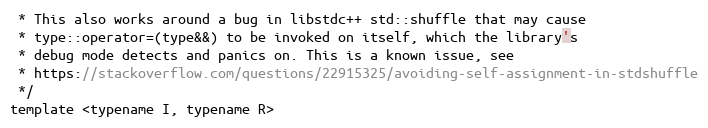
Language: C
 * This also works around a bug in libstdc++ std::shuffle that may cause
 * type::operator=(type&&) to be invoked on itself, which the library's
 * debug mode detects and panics on. This is a known issue, see
 * https://stackoverflow.com/questions/22915325/avoiding-self-assignment-in-stdshuffle
 */
template <typename I, typename R>